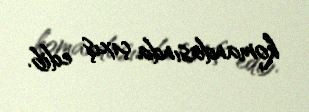
komandasında çıxış edib.